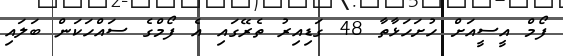
ފޯމް އީސީއަށް ހުށަހަޅާތާ 48 ގަޑިއިރު ތެރޭގައި އެ ފޯމްގެ ސައްހަކަން ބަލައި